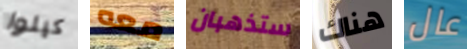
كيلوا معه ستذهبان هناك عال